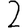
Digit: 2